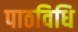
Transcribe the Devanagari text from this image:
पाठविधि